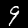
Label: 9